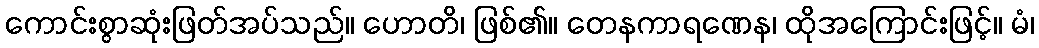
ကောင်းစွာဆုံးဖြတ်အပ်သည်။ ဟောတိ၊ ဖြစ်၏။ တေနကာရဏေန၊ ထိုအကြောင်းဖြင့်။ မံ၊